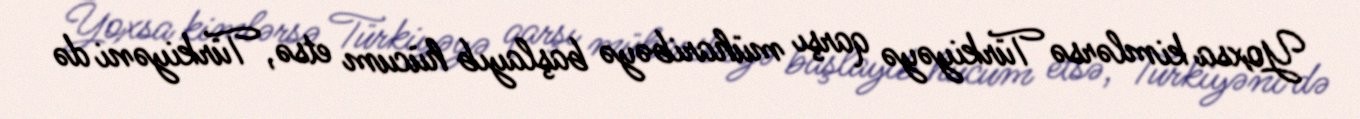
Yoxsa kimlərsə Türkiyəyə qarşı müharibəyə başlayıb hücum etsə, Türkiyəni də